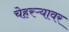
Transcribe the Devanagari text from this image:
चेहरऱ्यावर